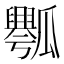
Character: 𰢡